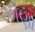
ઝીણા